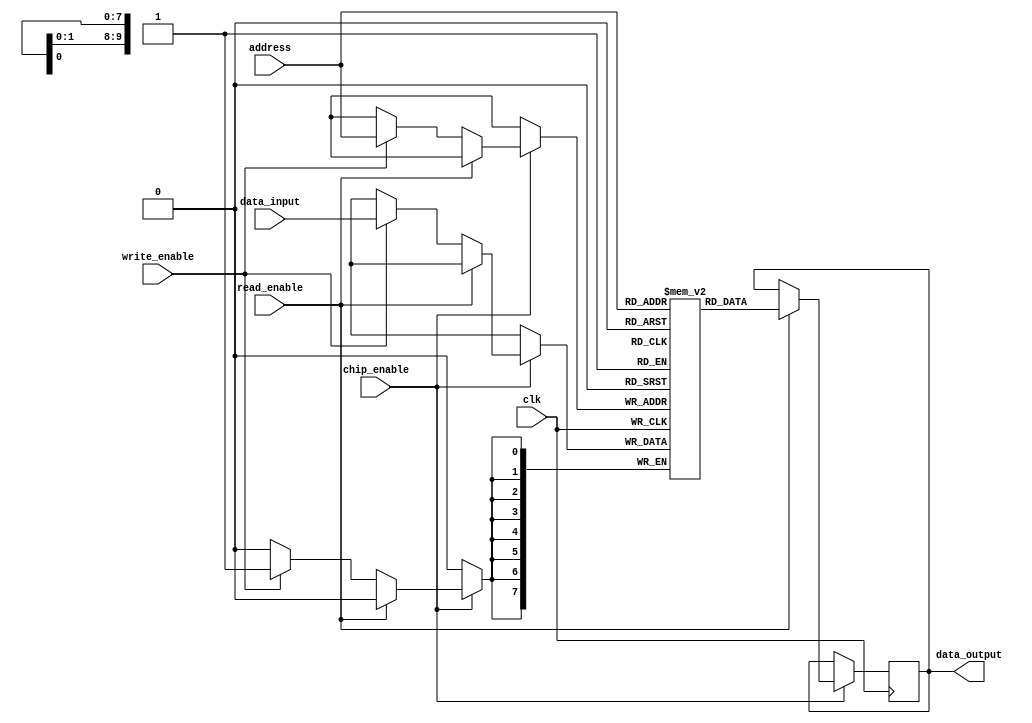
module sram (
    input wire clk,
    input wire write_enable,
    input wire read_enable,
    input wire [7:0] data_input,
    output reg [7:0] data_output,
    input wire [9:0] address,
    input wire chip_enable
);

reg [7:0] memory [0:1023]; // 1024 memory locations of 8 bits each

always @(posedge clk) begin
    if (chip_enable) begin
        if (read_enable) begin
            data_output <= memory[address];
        end else if (write_enable) begin
            memory[address] <= data_input;
        end
    end
end

endmodule